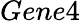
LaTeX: Gene4